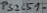
Text: PS2501